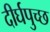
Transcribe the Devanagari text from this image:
दीर्घपुच्छ